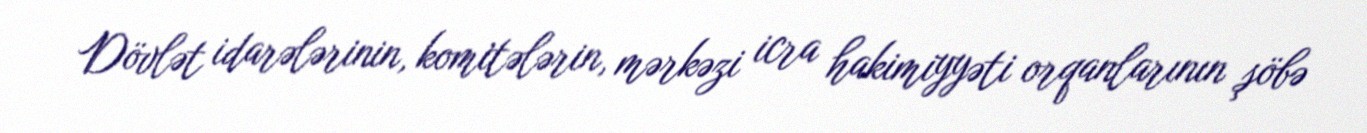
Dövlət idarələrinin, komitələrin, mərkəzi icra hakimiyyəti orqanlarının şöbə